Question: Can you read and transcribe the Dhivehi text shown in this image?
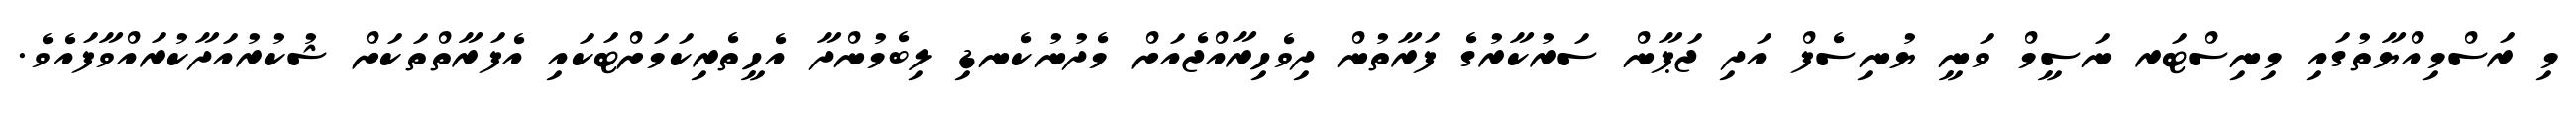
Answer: މި ރަސްމިއްޔާތުގައި މިނިސްޓަރ ނަސީމް ވަނީ ޔުނިސެފް އަދި ޖަޕާން ސަރުކާރުގެ ފަރާތުން ދިވެހިރާއްޖެއަށް މެދުނުކެނޑި ލިބެމުންދާ އެހީތެރިކަމަށްޓަކައި އެފަރާތްތަކަށް ޝުކުރުއަދާކުރައްވާފައެވެ.